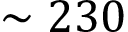
\sim 2 3 0